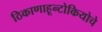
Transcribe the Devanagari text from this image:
ठिकाणाहून्टोकियोचे